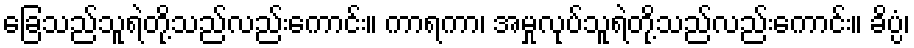
ခြေသည်သူရဲတို့သည်လည်းကောင်း။ ကာရကာ၊ အမှုလုပ်သူရဲတို့သည်လည်းကောင်း။ ခိပ္ပံ၊